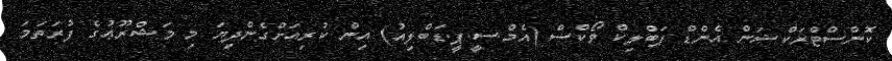
ކޮންސްޓްރަކްޝަން އެންޑް ޕަބްލިކް ވޯކްސް (އެމް.ސީ.ޕީ.ޑަބްލިއު) އިން ކުރިއަށްގެންދިޔަ މި މަޝްރޫޢުގެ ފުރަތަމަ